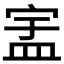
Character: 𬐞